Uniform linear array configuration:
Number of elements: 64
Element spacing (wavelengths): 1
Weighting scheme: cosine
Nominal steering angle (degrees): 45
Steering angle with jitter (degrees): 45.403
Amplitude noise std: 0.05
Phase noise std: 0.05

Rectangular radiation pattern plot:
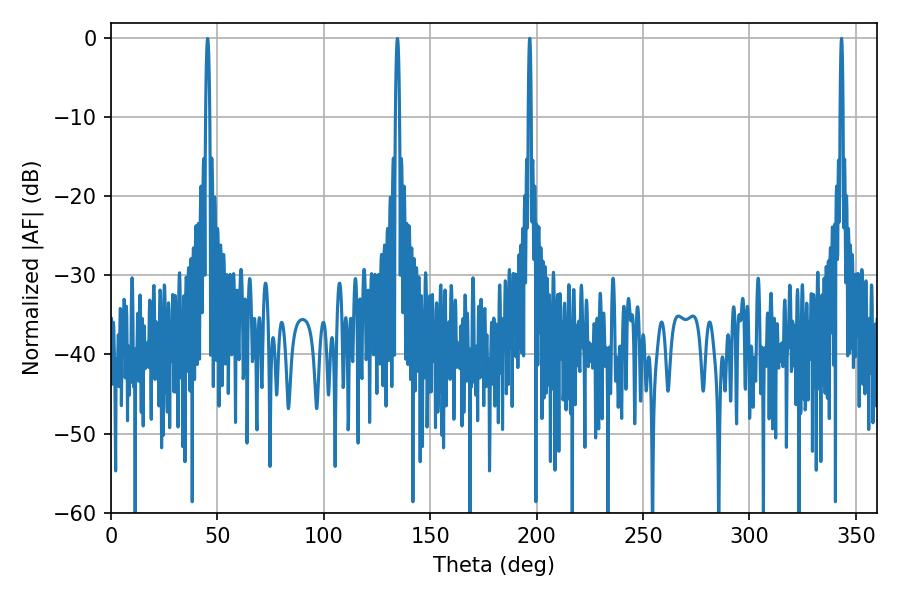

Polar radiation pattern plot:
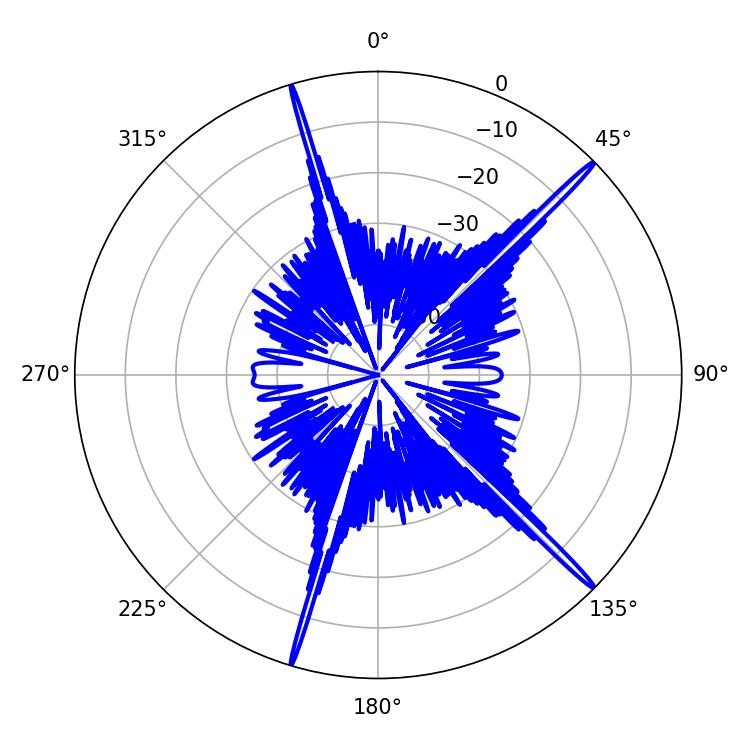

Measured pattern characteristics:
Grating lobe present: TRUE
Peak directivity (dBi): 19.517
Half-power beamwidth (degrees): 0.72
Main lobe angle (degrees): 196.74